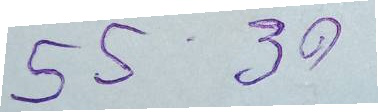
55 - 30